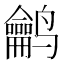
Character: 𱊵